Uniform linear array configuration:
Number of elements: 32
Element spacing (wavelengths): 0.5
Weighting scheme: binomial
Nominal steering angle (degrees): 30
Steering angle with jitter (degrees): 31.94
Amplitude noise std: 0.05
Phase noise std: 0.05

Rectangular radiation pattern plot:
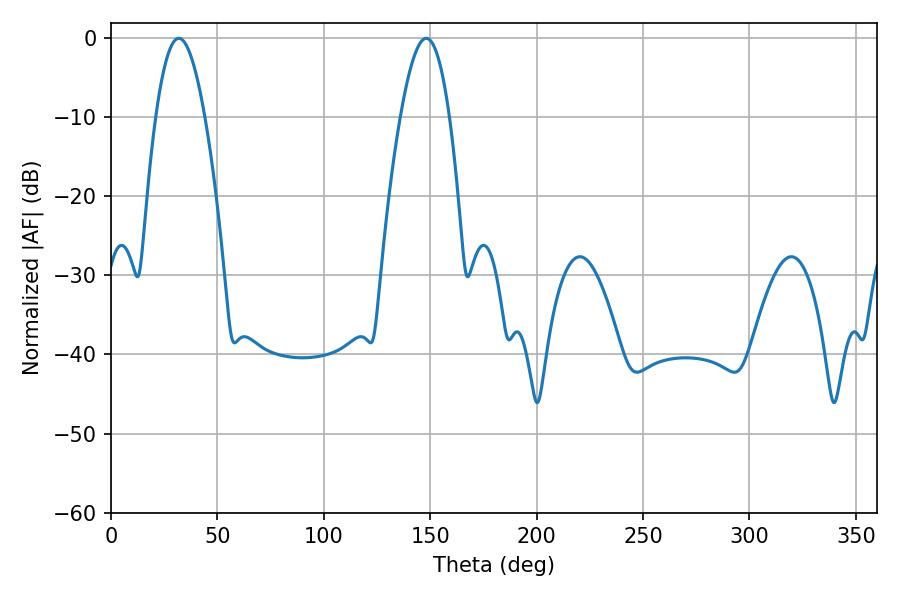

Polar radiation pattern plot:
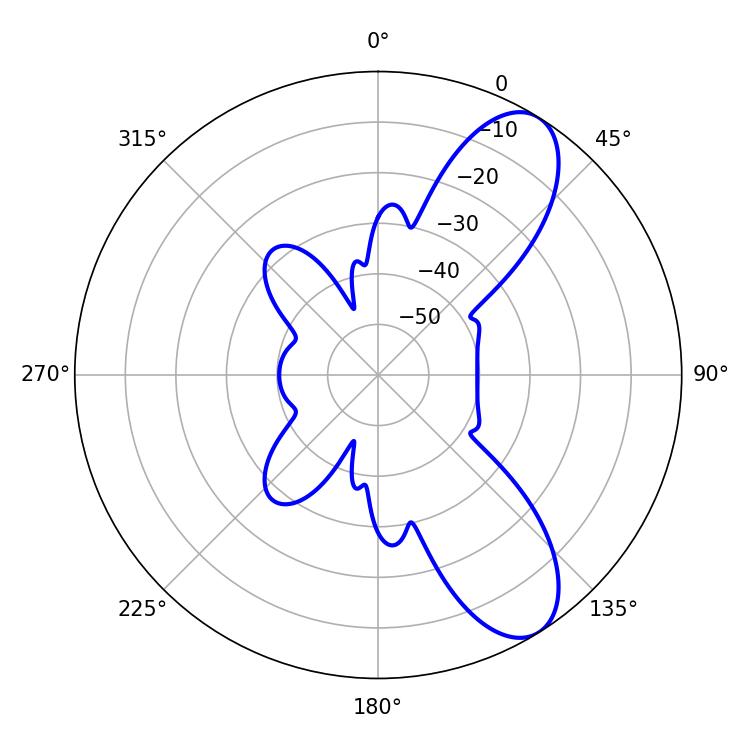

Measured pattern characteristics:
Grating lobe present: FALSE
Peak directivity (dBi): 9.021
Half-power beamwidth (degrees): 12.6
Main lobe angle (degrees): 31.86